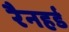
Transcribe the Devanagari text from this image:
रैनहर्ड